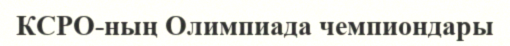
КСРО-ның Олимпиада чемпиондары